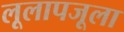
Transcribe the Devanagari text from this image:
लूलापजूला